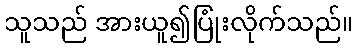
သူသည် အားယူ၍ပြုံးလိုက်သည်။